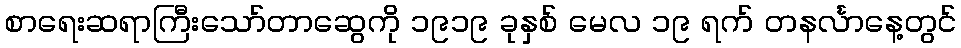
စာရေးဆရာကြီးသော်တာဆွေကို ၁၉၁၉ ခုနှစ် မေလ ၁၉ ရက် တနင်္လာနေ့တွင်